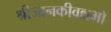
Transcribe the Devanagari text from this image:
श्रीजानकीवल्लभो